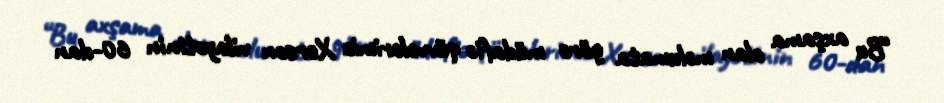
“Bu axşama olan məlumata görə müdafiə qüvvələrimiz Xerson vilayətinin 60-dan